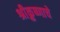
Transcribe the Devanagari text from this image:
श्रीक्रुष्णाचे